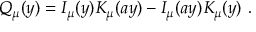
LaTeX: Q _ { \mu } ( y ) = I _ { \mu } ( y ) K _ { \mu } ( a y ) - I _ { \mu } ( a y ) K _ { \mu } ( y ) ~ .